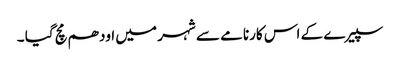
سپیرے کے اس کارنامے سے شہر میں اودھم مچ گیا ۔